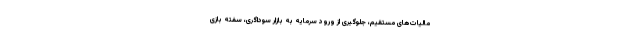
مالیات‌های مستقیم، جلوگیری از ورود سرمایه به بازار سوداگری، سفته بازی